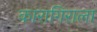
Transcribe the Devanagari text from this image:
कारागिराला